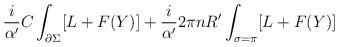
LaTeX: \begin{align*}\frac{i}{\alpha^{\prime}}C \int_{\partial \Sigma }[L+F(Y)] + \frac{i}{\alpha^{\prime}}2 \pi nR^\prime \int_{\sigma = \pi}[L + F(Y)]\end{align*}